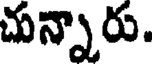
చున్నారు.